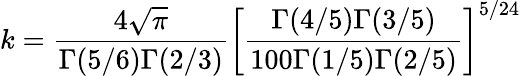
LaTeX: k=\frac{4\sqrt{\pi}}{\Gamma(5/6)\Gamma(2/3)}\left[\frac{\Gamma(4/5)\Gamma(3/5)}{100\Gamma(1/5)\Gamma(2/5)}\right]^{5/24}